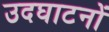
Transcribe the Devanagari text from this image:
उदघाटनों